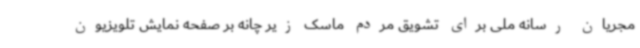
مجریان رسانه ملی برای تشویق مردم ماسک زیر چانه بر صفحه نمایش تلویزیون